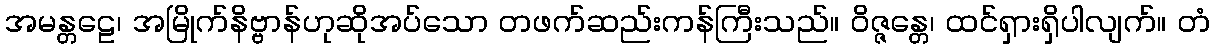
အမန္တဠေ၊ အမြိုက်နိဗ္ဗာန်ဟုဆိုအပ်သော တဖက်ဆည်းကန်ကြီးသည်။ ဝိဇ္ဇန္တေ၊ ထင်ရှားရှိပါလျက်။ တံ